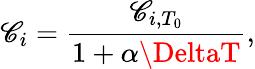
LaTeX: \mathscr{C}_{i}={\frac{{\mathscr{C}_{i,T_{0}}}}{{1+\alpha\DeltaT}}},